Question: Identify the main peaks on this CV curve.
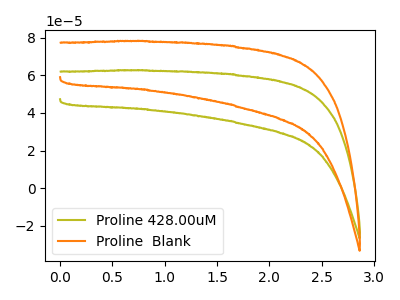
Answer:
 <answer>The olive curve "Proline 428.00uM" has no peaks. The orange curve "Proline  Blank" has no peaks.</answer>
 <eval></eval>